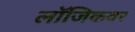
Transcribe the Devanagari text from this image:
लॉजिकवर